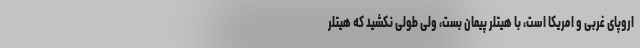
اروپای غربی و امریکا است، با هیتلر پیمان بست، ولی طولی نکشید که هیتلر